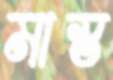
মাস্ত